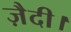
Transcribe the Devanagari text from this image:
ज़ैदी।